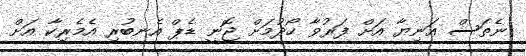
ނެތަސް އަނިޔާ އަށް ފަރުވާ ހޯދުމަށް ޖޮނީ ޑެޕް އެނބުރި އެމެރިކާ އަށް